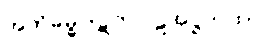
အဘိဓမ္ဓပါဋကပါဠိအဋ္ဌကထာ